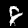
Digit: 8